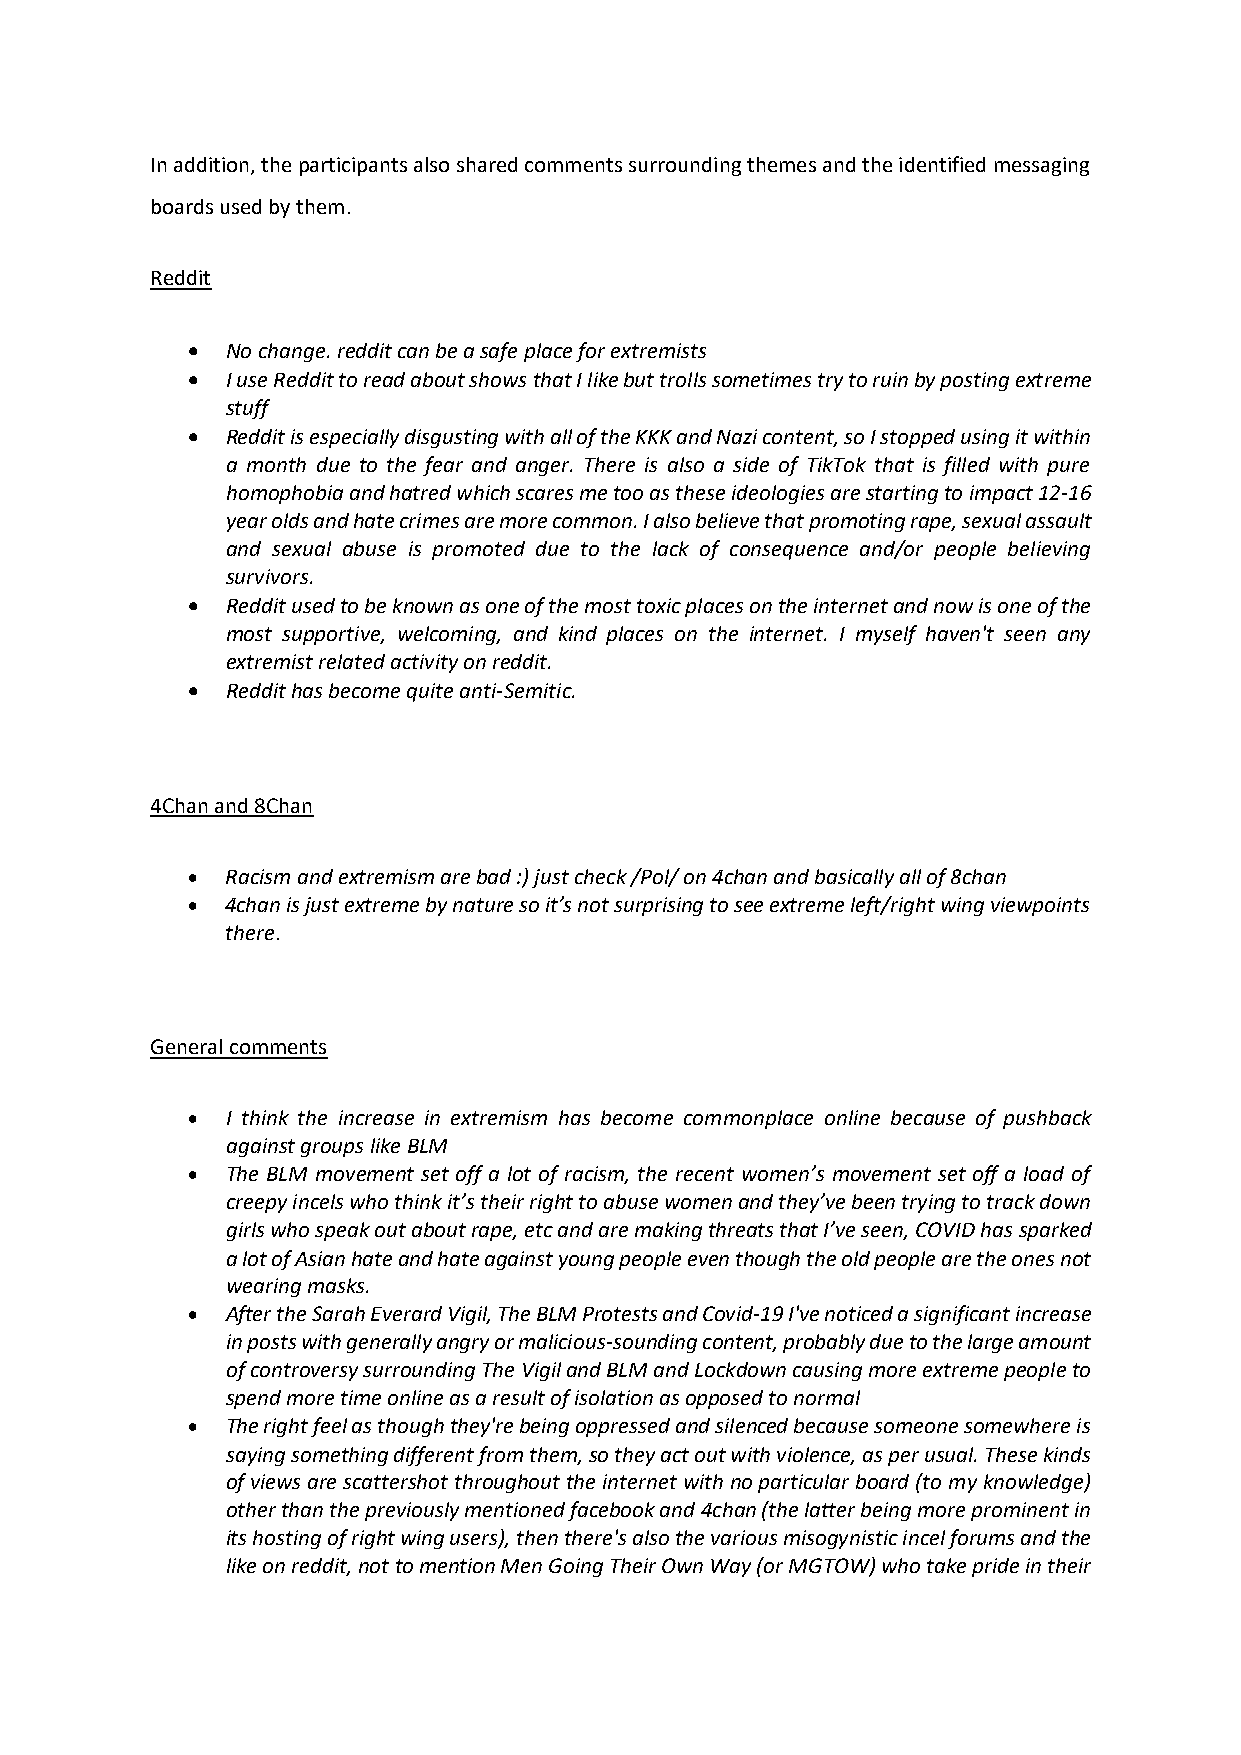
In addition, the participants also shared comments surrounding themes and the identified messaging
 boards used by them.
 Reddit
 •  No change. reddit can be a safe place for extremists
 •  I use Reddit to read about shows that I like but trolls sometimes try to ruin by posting extreme
 stuff
 •  Reddit is especially disgusting with all of the KKK and Nazi content, so I stopped using it within
 a month due to the fear and anger. There is also a side of TikTok that is filled with pure
 homophobia and hatred which scares me too as these ideologies are starting to impact 12-16
 year olds and hate crimes are more common. I also believe that promoting rape, sexual assault
 and sexual abuse is promoted due to the lack of consequence and/or people believing
 survivors.
 •  Reddit used to be known as one of the most toxic places on the internet and now is one of the
 most supportive, welcoming, and kind places on the internet. I myself haven't seen any
 extremist related activity on reddit.
 •  Reddit has become quite anti-Semitic.
 4Chan and 8Chan
 •  Racism and extremism are bad :) just check /Pol/ on 4chan and basically all of 8chan
 •  4chan is just extreme by nature so it’s not surprising to see extreme left/right wing viewpoints
 there.
 General comments
 •  I think the increase in extremism has become commonplace online because of pushback
 against groups like BLM
 •  The BLM movement set off a lot of racism, the recent women’s movement set off a load of
 creepy incels who think it’s their right to abuse women and they’ve been trying to track down
 girls who speak out about rape, etc and are making threats that I’ve seen, COVID has sparked
 a lot of Asian hate and hate against young people even though the old people are the ones not
 wearing masks.
 •  After the Sarah Everard Vigil, The BLM Protests and Covid-19 I've noticed a significant increase
 in posts with generally angry or malicious-sounding content, probably due to the large amount
 of controversy surrounding The Vigil and BLM and Lockdown causing more extreme people to
 spend more time online as a result of isolation as opposed to normal
 •  The right feel as though they're being oppressed and silenced because someone somewhere is
 saying something different from them, so they act out with violence, as per usual. These kinds
 of views are scattershot throughout the internet with no particular board (to my knowledge)
 other than the previously mentioned facebook and 4chan (the latter being more prominent in
 its hosting of right wing users), then there's also the various misogynistic incel forums and the
 like on reddit, not to mention Men Going Their Own Way (or MGTOW) who take pride in their